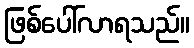
ဖြစ်ပေါ်လာရသည်။